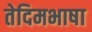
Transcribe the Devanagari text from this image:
तेदिमभाषा